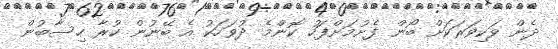
ދެން ވަކިވަރަކަށް ބޯން ފެށުމަށްފަހު ކޮންމެ ދުވަހަކު އެ ބޭނުން ކުރާ ހިސާބުން